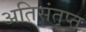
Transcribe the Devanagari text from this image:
अतिसंतृप्त